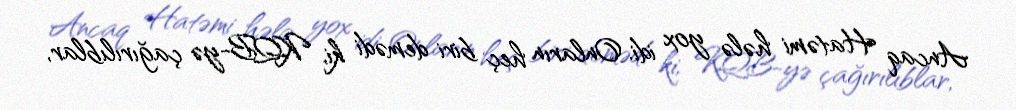
Ancaq Hatəmi hələ yox idi. Onların heç biri demədi ki, KQB-yə çağırılıblar,